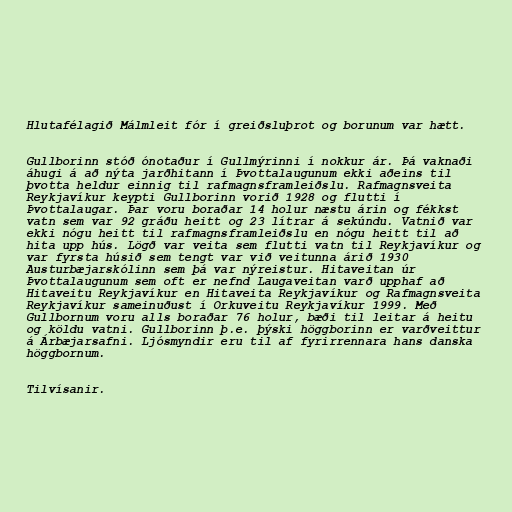
Hlutafélagið Málmleit fór í greiðsluþrot og borunum var hætt.

Gullborinn stóð ónotaður í Gullmýrinni í nokkur ár. Þá vaknaði
áhugi á að nýta jarðhitann í Þvottalaugunum ekki aðeins til
þvotta heldur einnig til rafmagnsframleiðslu. Rafmagnsveita
Reykjavíkur keypti Gullborinn vorið 1928 og flutti í
Þvottalaugar. Þar voru boraðar 14 holur næstu árin og fékkst
vatn sem var 92 gráðu heitt og 23 lítrar á sekúndu. Vatnið var
ekki nógu heitt til rafmagnsframleiðslu en nógu heitt til að
hita upp hús. Lögð var veita sem flutti vatn til Reykjavíkur og
var fyrsta húsið sem tengt var við veitunna árið 1930
Austurbæjarskólinn sem þá var nýreistur. Hitaveitan úr
Þvottalaugunum sem oft er nefnd Laugaveitan varð upphaf að
Hitaveitu Reykjavíkur en Hitaveita Reykjavíkur og Rafmagnsveita
Reykjavíkur sameinuðust í Orkuveitu Reykjavíkur 1999. Með
Gullbornum voru alls boraðar 76 holur, bæði til leitar á heitu
og köldu vatni. Gullborinn þ.e. þýski höggborinn er varðveittur
á Árbæjarsafni. Ljósmyndir eru til af fyrirrennara hans danska
höggbornum.

Tilvísanir.